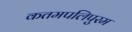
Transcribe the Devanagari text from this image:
कतमपलिपुरम